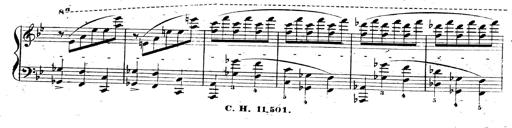
Title: 3 Caprices-Valses
Composer: Franz Liszt